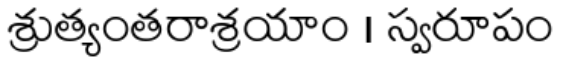
శ్రుత్యంతరాశ్రయాం । స్వరూపం